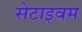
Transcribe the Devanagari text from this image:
सेटाइवम